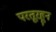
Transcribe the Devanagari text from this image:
परतूरहून